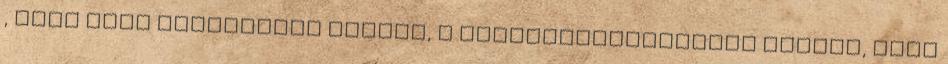
, majd maga Ladvánszky György, a Felügyelőbizottság elnöke, akit